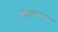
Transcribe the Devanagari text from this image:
मिख्यालय